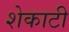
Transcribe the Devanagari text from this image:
शेकाटी